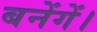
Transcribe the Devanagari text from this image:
बनेंगें।